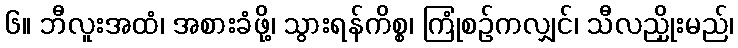
၆။ ဘီလူးအထံ၊ အစားခံဖို့၊ သွားရန်ကိစ္စ၊ ကြုံစဉ်ကလျှင်၊ သီလညှိုးမည်၊